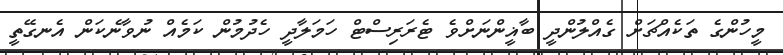
މީހުންގެ ތަކެއްޗަށް ގެއްލުންދީ ބާޣީންނަށްވެ ޓެރަރިސްޓް ހަމަލާދީ ހެދުމުން ކަމެއް ނުވާނެކަން އެނގޭތީ